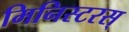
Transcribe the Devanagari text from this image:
मिनिस्टरस्